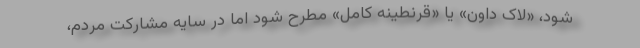
شود، «لاک داون» یا «قرنطینه کامل» مطرح ‌شود اما در سایه مشارکت مردم،